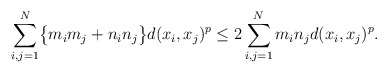
\begin{align*}\sum\limits_{i,j = 1}^{N} \bigl\{m_{i}m_{j} + n_{i}n_{j}\bigl\} d(x_{i},x_{j})^{p} \leq 2 \sum\limits_{i,j =1}^{N} m_{i}n_{j}d(x_{i},x_{j})^{p}.\end{align*}